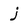
Character: j